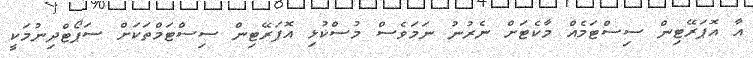
އާ އޮޕަރޭޓިން ސިސްޓަމެއް މާކެޓަށް ނެރުނު ނަމަވެސް މުސްކުޅި އޮޕަރޭޓިން ސިސްޓަމްތަކަށް ސަޕޯޓްދިނުމަކީ